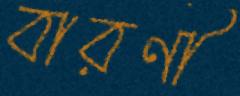
বারণী